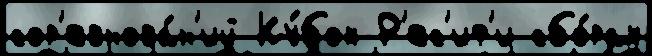
сор'евнова́н'ий Ку́бок Р'ес'иф'и сбо́рах